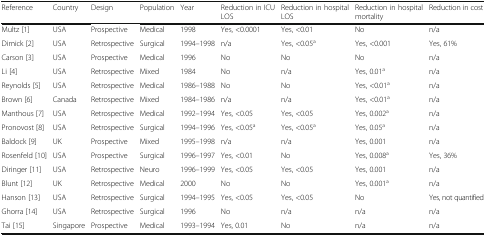
<table><thead><tr><td><b>Reference</b></td><td><b>Country</b></td><td><b>Design</b></td><td><b>Population</b></td><td><b>Year</b></td><td><b>Reduction in ICU LOS</b></td><td><b>Reduction in hospital LOS</b></td><td><b>Reduction in hospital mortality</b></td><td><b>Reduction in cost</b></td></tr></thead><tbody><tr><td>Multz [1]</td><td>USA</td><td>Prospective</td><td>Medical</td><td>1998</td><td>Yes, &lt;0.0001</td><td>Yes, &lt;0.01</td><td>No</td><td>n/a</td></tr><tr><td>Dimick [2]</td><td>USA</td><td>Retrospective</td><td>Surgical</td><td>1994–1998</td><td>n/a</td><td>Yes, &lt;0.05<sup>a</sup></td><td>Yes, &lt;0.001</td><td>Yes, 61%</td></tr><tr><td>Carson [3]</td><td>USA</td><td>Prospective</td><td>Medical</td><td>1996</td><td>No</td><td>No</td><td>No</td><td>n/a</td></tr><tr><td>Li [4]</td><td>USA</td><td>Retrospective</td><td>Mixed</td><td>1984</td><td>No</td><td>n/a</td><td>Yes, 0.01<sup>a</sup></td><td>n/a</td></tr><tr><td>Reynolds [5]</td><td>USA</td><td>Retrospective</td><td>Medical</td><td>1986–1988</td><td>No</td><td>No</td><td>Yes, &lt;0.01<sup>a</sup></td><td>n/a</td></tr><tr><td>Brown [6]</td><td>Canada</td><td>Retrospective</td><td>Mixed</td><td>1984–1986</td><td>n/a</td><td>n/a</td><td>Yes, &lt;0.01<sup>a</sup></td><td>n/a</td></tr><tr><td>Manthous [7]</td><td>USA</td><td>Retrospective</td><td>Medical</td><td>1992–1994</td><td>Yes, &lt;0.05</td><td>Yes, &lt;0.05</td><td>Yes, 0.002<sup>a</sup></td><td>n/a</td></tr><tr><td>Pronovost [8]</td><td>USA</td><td>Retrospective</td><td>Surgical</td><td>1994–1996</td><td>Yes, &lt;0.05<sup>a</sup></td><td>Yes, &lt;0.05<sup>a</sup></td><td>Yes, 0.05<sup>a</sup></td><td>n/a</td></tr><tr><td>Baldock [9]</td><td>UK</td><td>Prospective</td><td>Mixed</td><td>1995–1998</td><td>n/a</td><td>n/a</td><td>Yes, 0.001</td><td>n/a</td></tr><tr><td>Rosenfeld [10]</td><td>USA</td><td>Prospective</td><td>Surgical</td><td>1996–1997</td><td>Yes, &lt;0.01</td><td>No</td><td>Yes, 0.008<sup>a</sup></td><td>Yes, 36%</td></tr><tr><td>Diringer [11]</td><td>USA</td><td>Retrospective</td><td>Neuro</td><td>1996–1999</td><td>Yes, &lt;0.05</td><td>Yes, &lt;0.05</td><td>Yes, 0.001</td><td>n/a</td></tr><tr><td>Blunt [12]</td><td>UK</td><td>Retrospective</td><td>Medical</td><td>2000</td><td>No</td><td>No</td><td>Yes, 0.001<sup>a</sup></td><td>n/a</td></tr><tr><td>Hanson [13]</td><td>USA</td><td>Retrospective</td><td>Surgical</td><td>1994–1995</td><td>Yes, &lt;0.05</td><td>Yes, &lt;0.05</td><td>No</td><td>Yes, not quantified</td></tr><tr><td>Ghorra [14]</td><td>USA</td><td>Retrospective</td><td>Surgical</td><td>1996</td><td>No</td><td>n/a</td><td>n/a</td><td>n/a</td></tr><tr><td>Tai [15]</td><td>Singapore</td><td>Prospective</td><td>Medical</td><td>1993–1994</td><td>Yes, 0.01</td><td>No</td><td>n/a</td><td>n/a</td></tr></tbody></table>